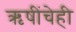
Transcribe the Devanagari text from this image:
ऋषींचेही